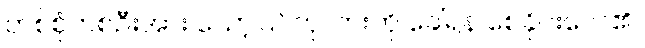
တစ်စုံတစ်ဦးအား သော့ပြင်ကုလားကို ခေါ်ရန် စေခိုင်းလေ၏။